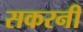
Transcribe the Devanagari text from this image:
सकरनी